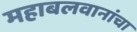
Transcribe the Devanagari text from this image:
महाबलवानांचा